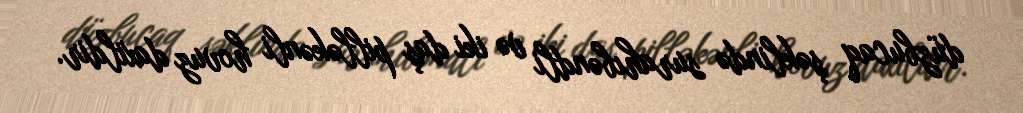
düzbucaq şəklində surahıbəndli və iki daş pilləkənli hovuz daxildir.